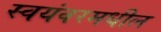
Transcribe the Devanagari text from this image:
स्वयंवरमधील